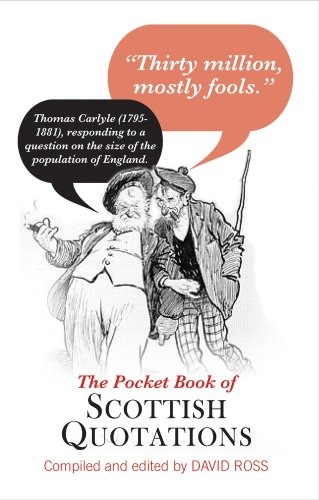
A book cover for The Pocket Book of Scottish Quotations; Reference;